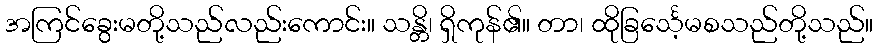
အကြင်ခွေးမတို့သည်လည်းကောင်း။ သန္တိ၊ ရှိကုန်၏။ တာ၊ ထိုခြင်္သေ့မစသည်တို့သည်။